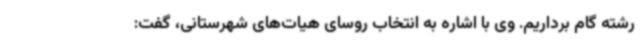
رشته گام برداریم. وی با اشاره به انتخاب روسای هیات‌های شهرستانی، گفت: